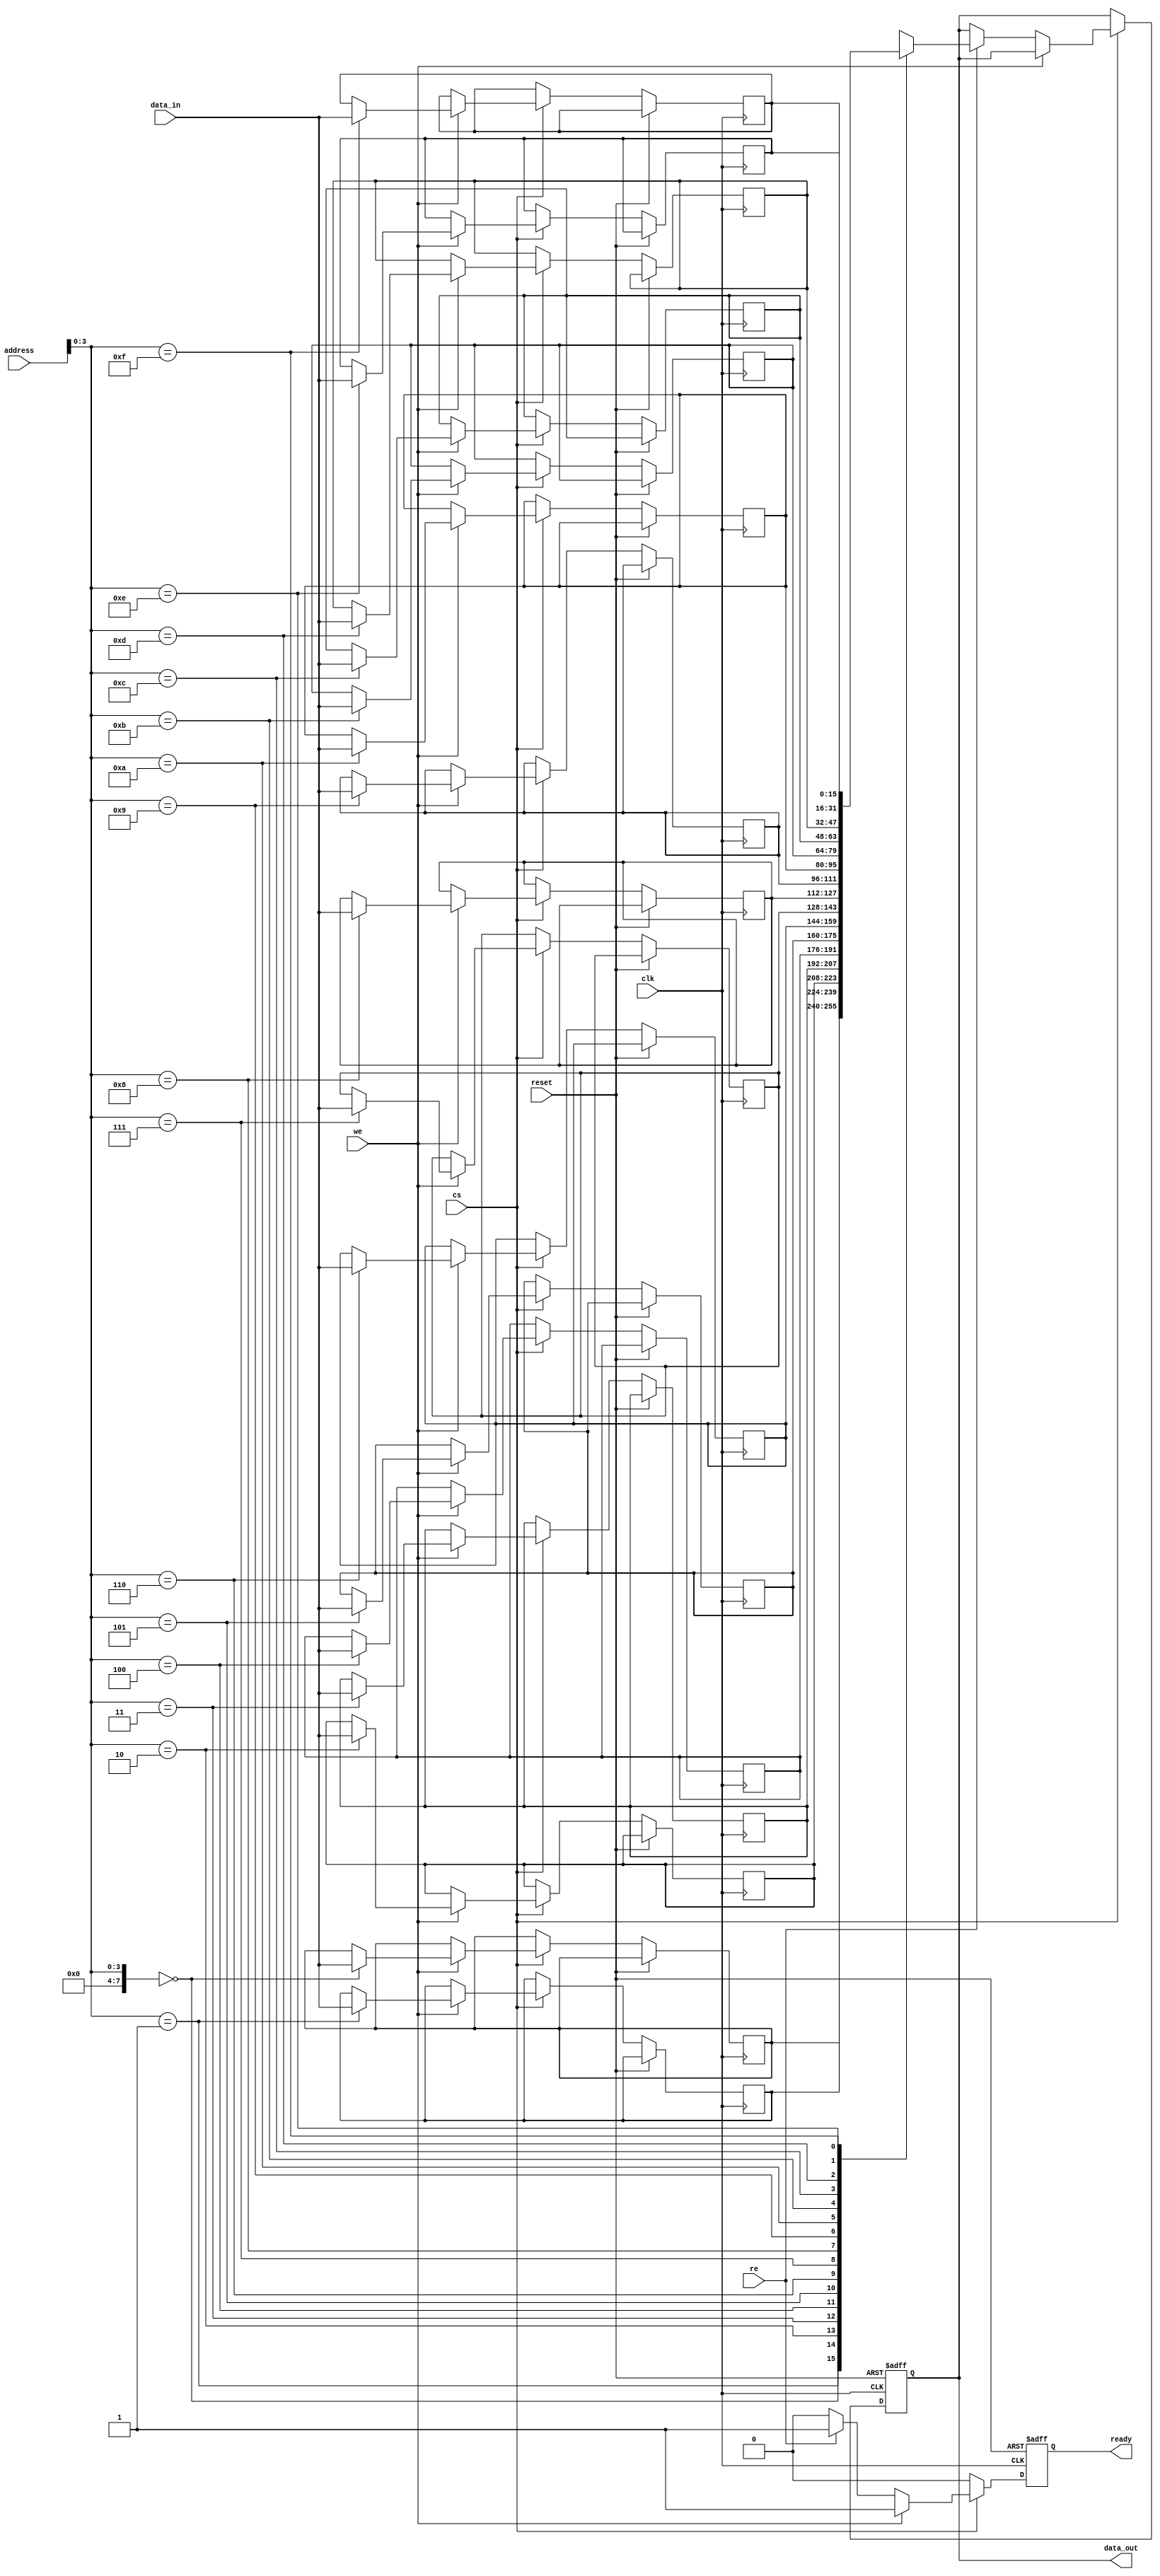
module FeRAM_IO_Block (
    input wire clk,
    input wire reset,
    input wire cs, // Chip Select
    input wire we, // Write Enable
    input wire re, // Read Enable
    input wire [7:0] address, // Address bus
    input wire [15:0] data_in, // Data input
    output reg [15:0] data_out, // Data output
    output reg ready // Ready signal
);

// Internal signals
reg [15:0] memory_array [0:255]; // Example memory array
reg [7:0] row_addr, col_addr;
wire [15:0] read_data;
reg write_assist; // Write assist signal

// Address Decoder
always @(*) begin
    row_addr = address[7:4]; // Example row decoding
    col_addr = address[3:0]; // Example column decoding
end

// Control Logic
always @(posedge clk or posedge reset) begin
    if (reset) begin
        ready <= 1'b0;
        data_out <= 16'b0;
        write_assist <= 1'b0;
    end else if (cs) begin
        if (we) begin
            // Write Operation
            memory_array[{row_addr, col_addr}] <= data_in;
            write_assist <= 1'b1; // Activate write assist
            ready <= 1'b1; // Operation complete
        end else if (re) begin
            // Read Operation
            data_out <= memory_array[{row_addr, col_addr}];
            ready <= 1'b1; // Operation complete
        end else begin
            ready <= 1'b0; // No operation
        end
    end else begin
        ready <= 1'b0; // Chip not selected
    end
end

// Timing Control (simplified)
always @(posedge clk) begin
    if (write_assist) begin
        // Implement write assist timing logic here
        // This is a placeholder for actual voltage/current control
        write_assist <= 1'b0; // Reset after usage
    end
end

endmodule